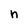
Character: n